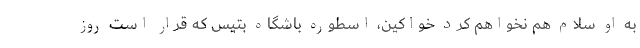
به او سلام هم نخواهم کرد خواکین، اسطوره باشگاه بتیس که قرار است روز